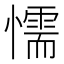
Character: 懦